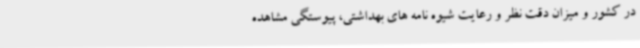
در کشور و میزان دقت نظر و رعایت شیوه نامه های بهداشتی، پیوستگی مشاهده